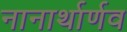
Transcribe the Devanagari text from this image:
नानार्थार्णव